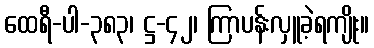
ထေရီ-ပါ-၃၈၃၊ ဋ္ဌ-၄၂၊ ကြာပန်းလှူခဲ့ရကျိုး။